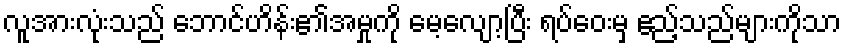
လူအားလုံးသည် ဘောင်ဟိန်း၏အမှုကို မေ့လျော့ပြီး ရပ်ဝေးမှ ဧည့်သည်များကိုသာ